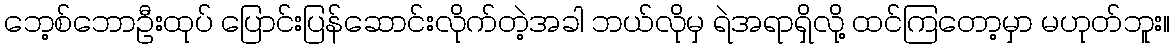
ဘေ့စ်ဘောဦးထုပ် ပြောင်းပြန်ဆောင်းလိုက်တဲ့အခါ ဘယ်လိုမှ ရဲအရာရှိလို့ ထင်ကြတော့မှာ မဟုတ်ဘူး။